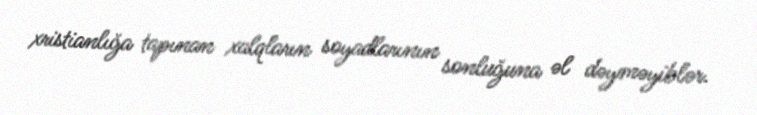
xristianlığa tapınan xalqların soyadlarının sonluğuna əl dəyməyiblər.